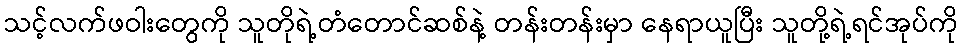
သင့်လက်ဖဝါးတွေကို သူတိုရဲ့တံတောင်ဆစ်နဲ့ တန်းတန်းမှာ နေရာယူပြီး သူတို့ရဲ့ရင်အုပ်ကို